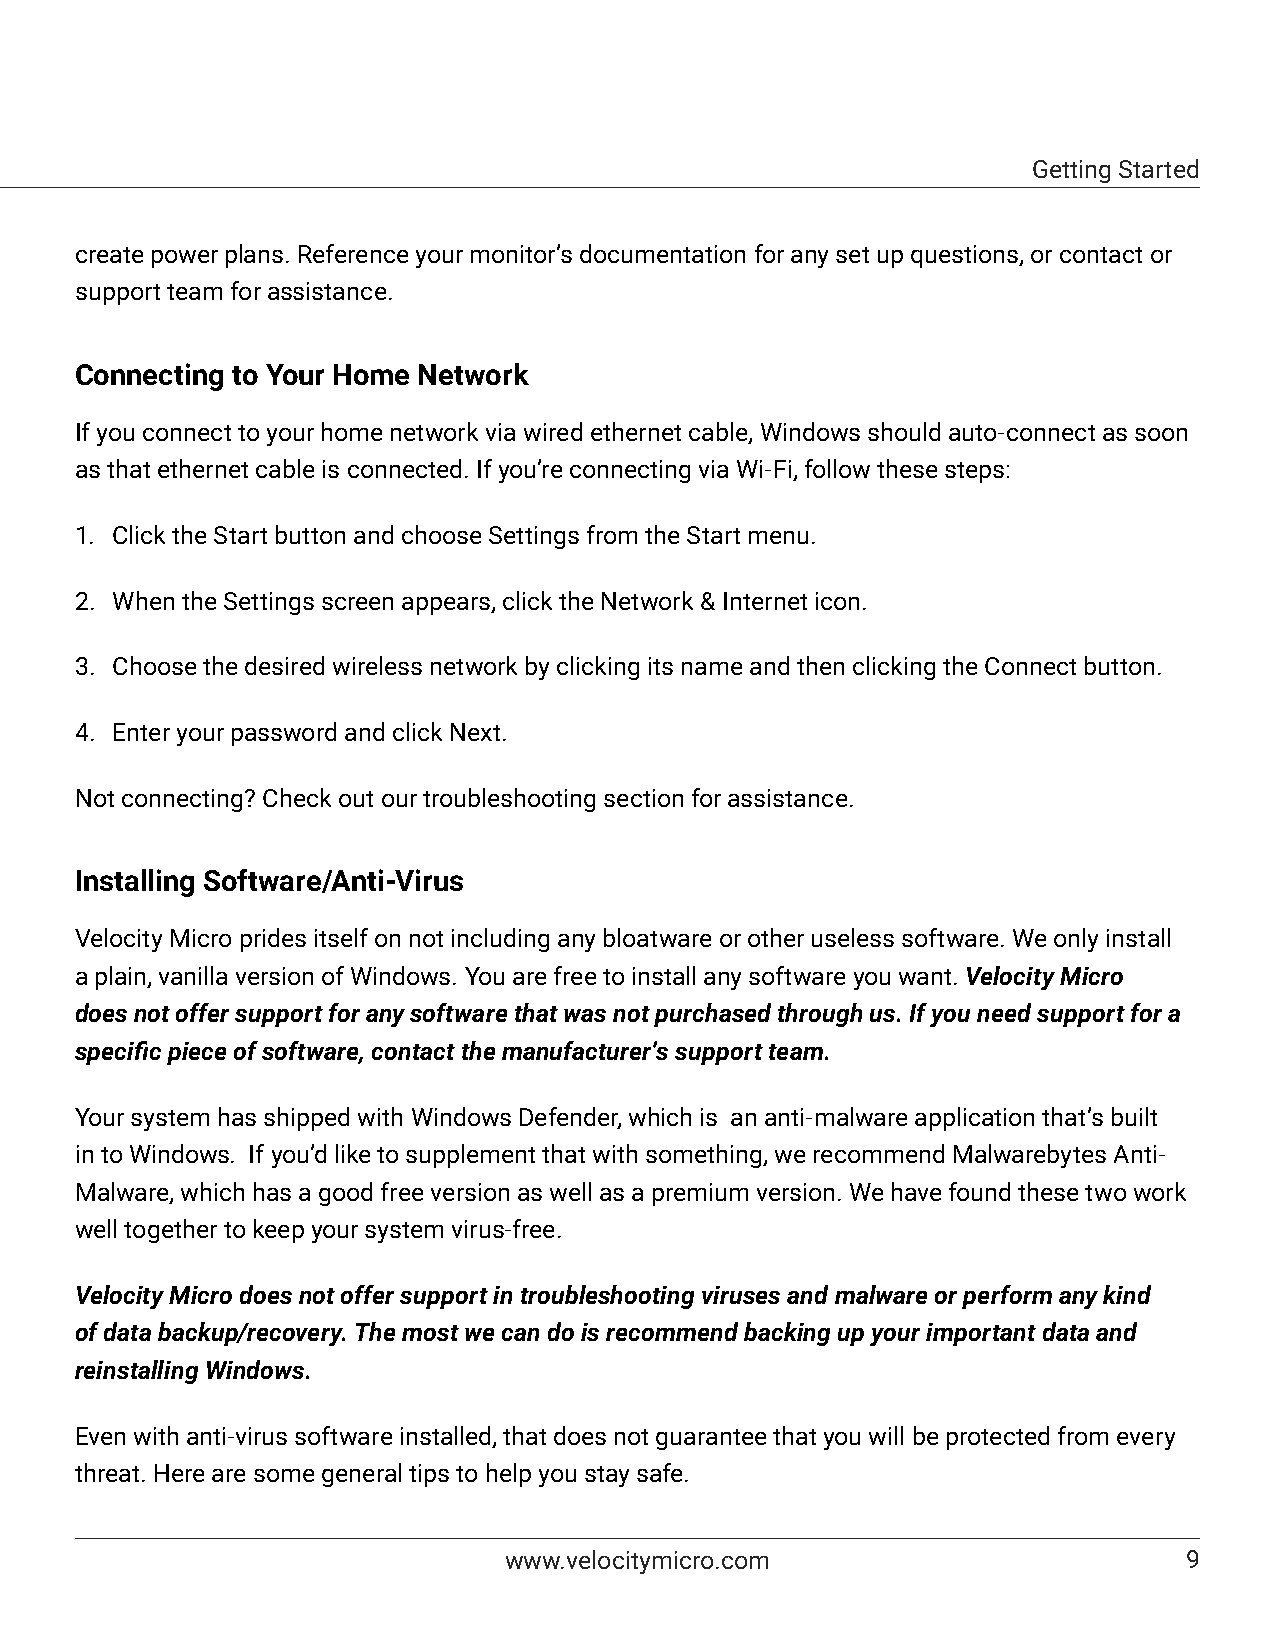
Getting Started
 create power plans. Reference your monitor’s documentation for any set up questions, or contact or
 support team for assistance.
 Connecting to Your Home Network
 If you connect to your home network via wired ethernet cable, Windows should auto-connect as soon
 as that ethernet cable is connected. If you’re connecting via Wi-Fi, follow these steps:
 1. Click the Start button and choose Settings from the Start menu.
 2. When the Settings screen appears, click the Network & Internet icon.
 3. Choose the desired wireless network by clicking its name and then clicking the Connect button.
 4. Enter your password and click Next.
 Not connecting? Check out our troubleshooting section for assistance.
 Installing Software/Anti-Virus
 Velocity Micro prides itself on not including any bloatware or other useless software. We only install
 a plain, vanilla version of Windows. You are free to install any software you want. Velocity Micro
 does not offer support for any software that was not purchased through us. If you need support for a
 specific piece of software, contact the manufacturer’s support team.
 Your system has shipped with Windows Defender, which is an anti-malware application that’s built
 in to Windows. If you’d like to supplement that with something, we recommend Malwarebytes Anti-
 Malware, which has a good free version as well as a premium version. We have found these two work
 well together to keep your system virus-free.
 Velocity Micro does not offer support in troubleshooting viruses and malware or perform any kind
 of data backup/recovery. The most we can do is recommend backing up your important data and
 reinstalling Windows.
 Even with anti-virus software installed, that does not guarantee that you will be protected from every
 threat. Here are some general tips to help you stay safe.
 www.velocitymicro.com                         9